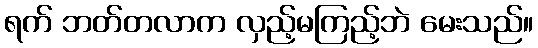
ရက် ဘတ်တလာက လှည့်မကြည့်ဘဲ မေးသည်။